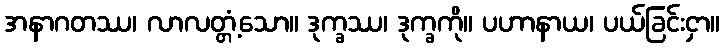
အနာဂတဿ၊ လာလတ္တံ့သော။ ဒုက္ခဿ၊ ဒုက္ခကို။ ပဟာနာယ၊ ပယ်ခြင်းငှာ။